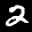
Label: 2